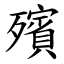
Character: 殯